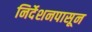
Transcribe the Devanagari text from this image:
निर्देशनपासून